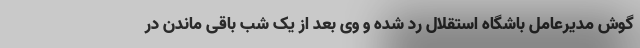
گوش مدیرعامل باشگاه استقلال رد شده و وی بعد از یک شب باقی ماندن در